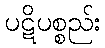
ပဋိပစ္စည်း